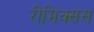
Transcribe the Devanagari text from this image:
रीमिक्सस